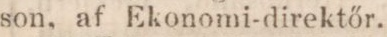
son, af Ekonomi-direktőr.